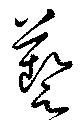
藝